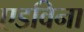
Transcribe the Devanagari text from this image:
एडविना